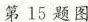
第15题图